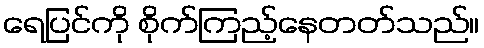
ရေပြင်ကို စိုက်ကြည့်နေတတ်သည်။